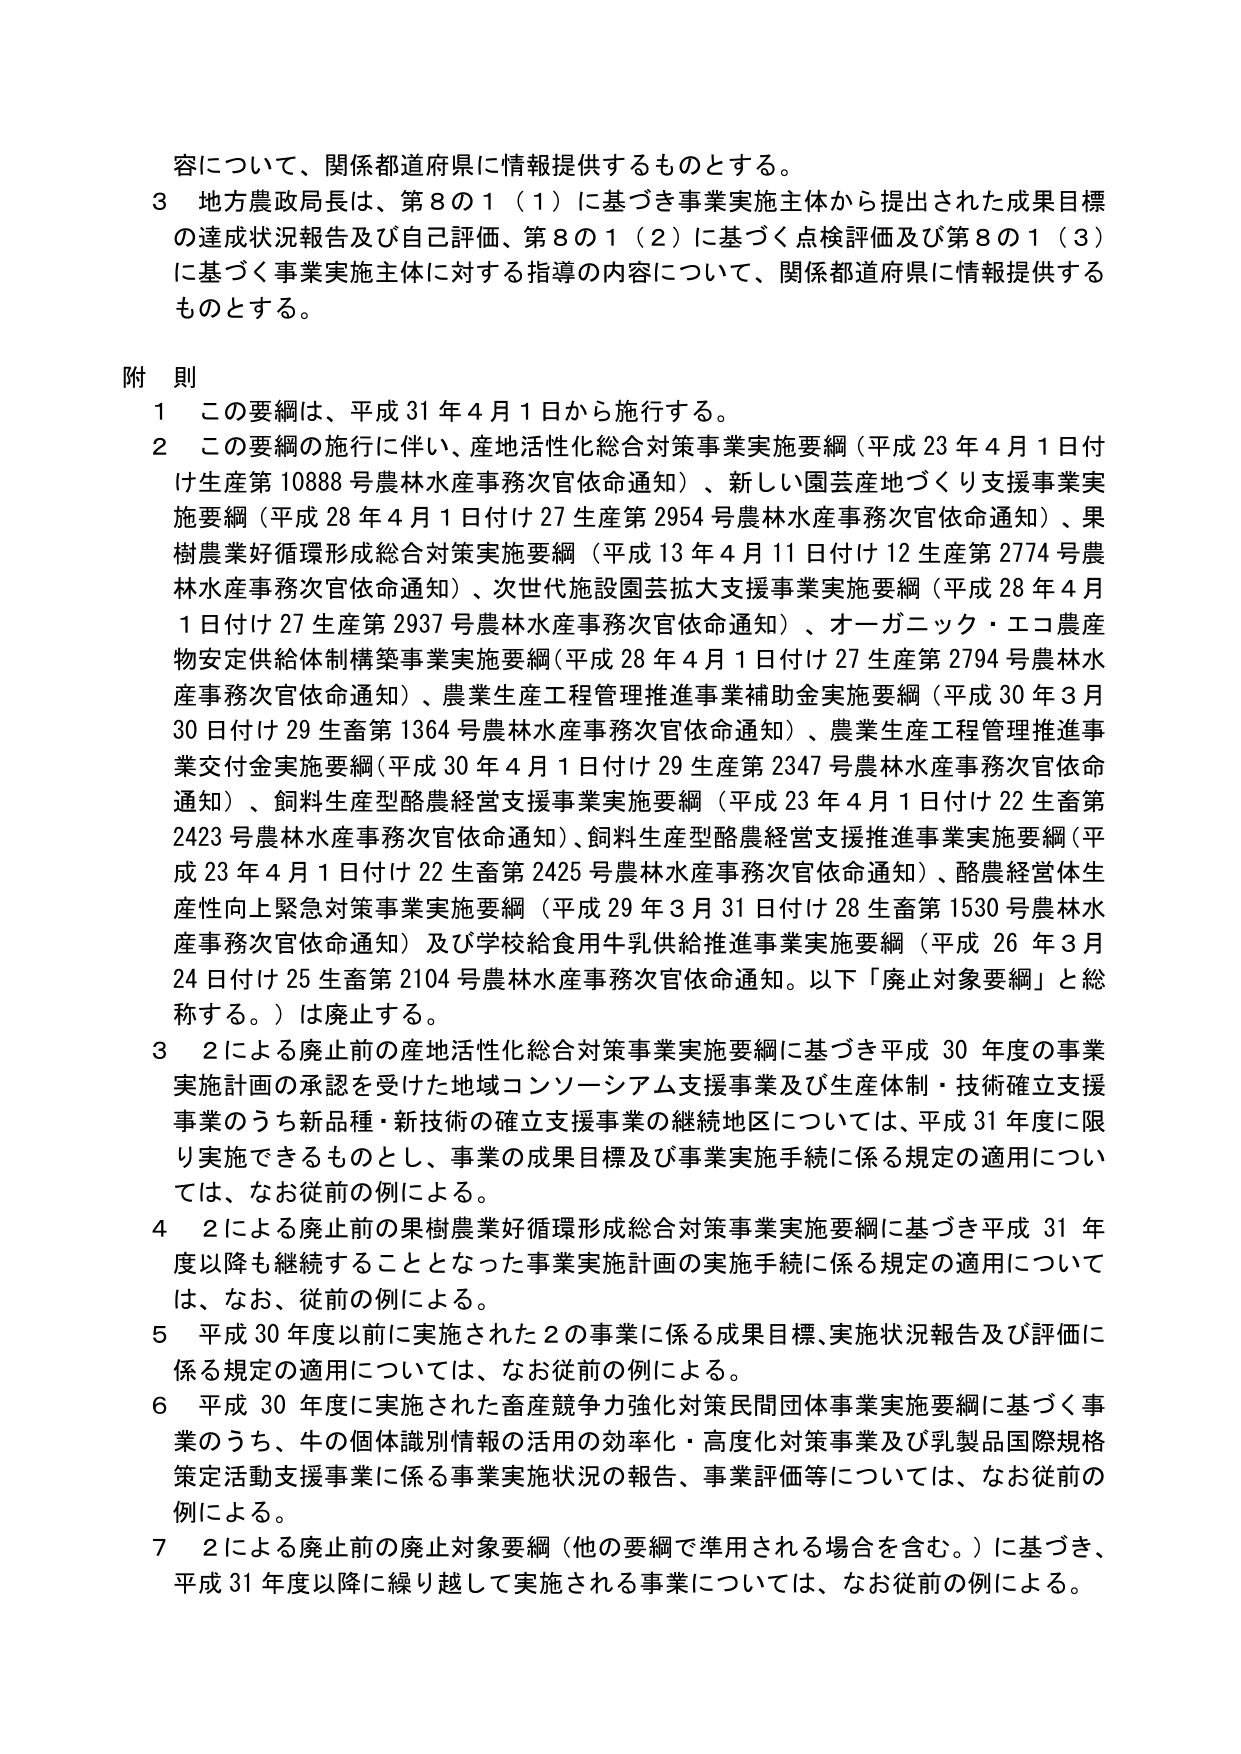
容について、関係都道府県に情報提供するものとする。
３ 地方農政局長は、第８の１（１）に基づき事業実施主体から提出された成果目標
の達成状況報告及び自己評価、第８の１（２）に基づく点検評価及び第８の１（３）
に基づく事業実施主体に対する指導の内容について、関係都道府県に情報提供する
ものとする。

附 則
１ この要綱は、平成31年4月1日から施行する。
２ この要綱の施行に伴い、産地活性化総合対策事業実施要綱（平成23年4月1日付
け生産第10888号農林水産事務次官依命通知）、新しい園芸産地づくり支援事業実
施要綱（平成28年4月1日付け27生産第2954号農林水産事務次官依命通知）、果
樹農業好循環形成総合対策実施要綱（平成13年4月11日付け12生産第2774号農
林水産事務次官依命通知）、次世代施設園芸拡大支援事業実施要綱（平成28年4月
1日付け27生産第2937号農林水産事務次官依命通知）、オーガニック・エコ農産
物安定供給体制構築事業実施要綱（平成28年4月1日付け27生産第2794号農林水
産事務次官依命通知）、農業生産工程管理推進事業補助金実施要綱（平成30年3月
30日付け29生畜第1364号農林水産事務次官依命通知）、農業生産工程管理推進事
業交付金実施要綱（平成30年4月1日付け29生産第2347号農林水産事務次官依命
通知）、飼料生産型酪農経営支援事業実施要綱（平成23年4月1日付け22生畜第
2423号農林水産事務次官依命通知）、飼料生産型酪農経営支援推進事業実施要綱（平
成23年4月1日付け22生畜第2425号農林水産事務次官依命通知）、酪農経営体生
産性向上緊急対策事業実施要綱（平成29年3月31日付け28生畜第1530号農林水
産事務次官依命通知）及び学校給食用牛乳供給推進事業実施要綱（平成26年3月
24日付け25生畜第2104号農林水産事務次官依命通知。以下「廃止対象要綱」と総
称する。）は廃止する。
３ ２による廃止前の産地活性化総合対策事業実施要綱に基づき平成30年度の事業
実施計画の承認を受けた地域コンソーシアム支援事業及び生産体制・技術確立支援
事業のうち新品種・新技術の確立支援事業の継続地区については、平成31年度に限
り実施できるものとし、事業の成果目標及び事業実施手続に係る規定の適用につい
ては、なお従前の例による。
４ ２による廃止前の果樹農業好循環形成総合対策事業実施要綱に基づき平成31年
度以降も継続することとなった事業実施計画の実施手続に係る規定の適用について
は、なお、従前の例による。
５ 平成30年度以前に実施された２の事業に係る成果目標、実施状況報告及び評価に
係る規定の適用については、なお従前の例による。
６ 平成30年度に実施された畜産競争力強化対策民間団体事業実施要綱に基づく事
業のうち、牛の個体識別情報の活用の効率化・高度化対策事業及び乳製品国際規格
策定活動支援事業に係る事業実施状況の報告、事業評価等については、なお従前の
例による。
７ ２による廃止前の廃止対象要綱（他の要綱で準用される場合を含む。）に基づき、
平成31年度以降に繰り越して実施される事業については、なお従前の例による。